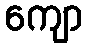
ကျော